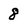
Character: 8